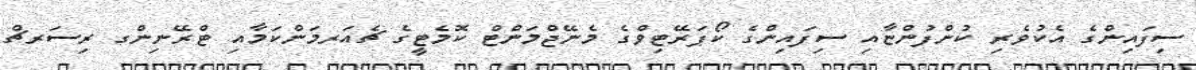
ސިފައިންގެ އެކުވެރި ކުންފުންޏާއި ސިފައިންގެ ކޯޕަރޭޓިވްގެ މެނޭޖްމަންޓް ކޮމެޓީގެ ޗެއަރމަންކަމާއި ޓްރޭނިންގ ރިސަރޗް